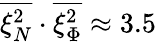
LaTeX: \overline{{\xi_{N}^{2}}}\cdot\overline{{\xi_{\Phi}^{2}}}\approx 3.5